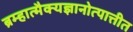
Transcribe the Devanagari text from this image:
ब्रम्हात्मैक्यज्ञानोत्पात्तीत